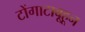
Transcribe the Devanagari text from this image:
टोंगाटाबूहून